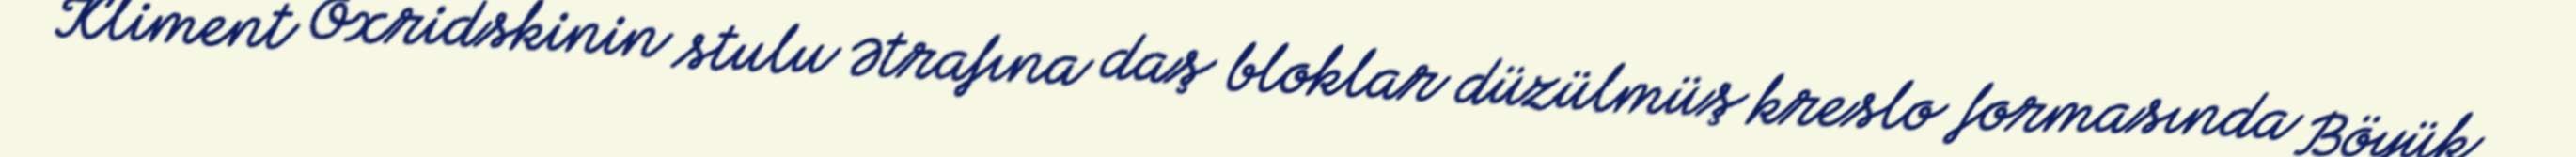
Kliment Oxridskinin stulu Ətrafına daş bloklar düzülmüş kreslo formasında Böyük